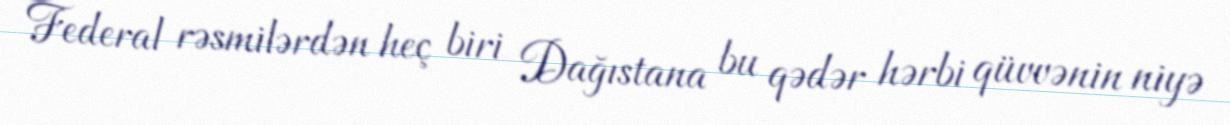
Federal rəsmilərdən heç biri Dağıstana bu qədər hərbi qüvvənin niyə